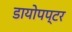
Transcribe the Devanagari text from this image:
डायोपप्टर